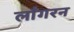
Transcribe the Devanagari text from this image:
लाँगरन